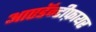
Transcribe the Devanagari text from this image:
आएडॅन्टीफ़ायर